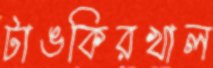
টাঙকিরখাল